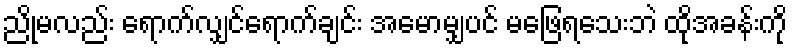
ညိုမလည်း ရောက်လျှင်ရောက်ချင်း အမောမျှပင် မဖြေရသေးဘဲ ထိုအခန်းကို